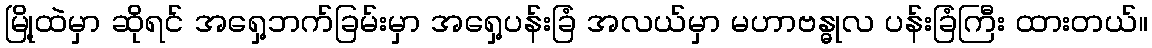
မြို့ထဲမှာ ဆိုရင် အရှေ့ဘက်ခြမ်းမှာ အရှေ့ပန်းခြံ အလယ်မှာ မဟာဗန္ဓုလ ပန်းခြံကြီး ထားတယ်။